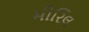
મીરિલ